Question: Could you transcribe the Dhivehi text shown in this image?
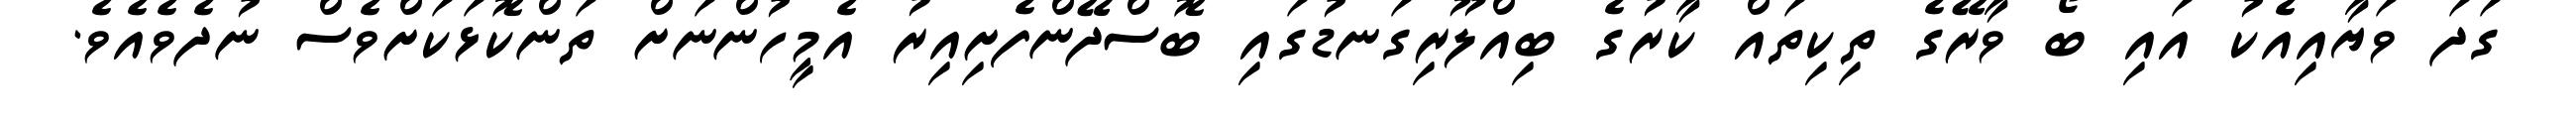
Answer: ގަދަ ވަޔާއިއެކު އައި ބޯ ވާރޭގެ ތިކިތައް ކާރުގެ ބިއްލޫރިގަނޑުގައި ބޮސްދޭންފެށިއިރު އެމީހުންނަށް ތަންކޮޅަކަށްވެސް ނުދެވެއެވެ.